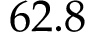
6 2 . 8